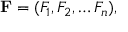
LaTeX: \mathbf { F } = ( F _ { 1 } , F _ { 2 } , \ldots F _ { n } ) ,